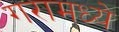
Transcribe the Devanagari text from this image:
गरामध्ये